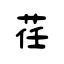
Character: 荏